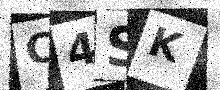
Text: C4SK